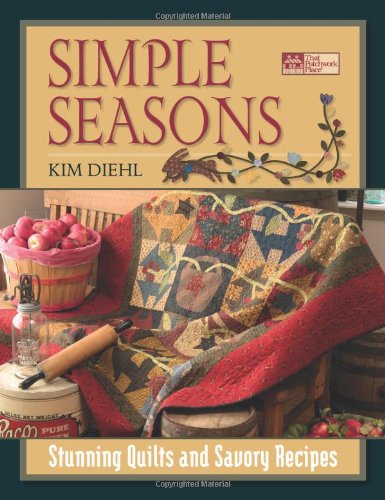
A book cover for Simple Seasons: Stunning Quilts and Savory Recipes; Kim Diehl; Crafts, Hobbies & Home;